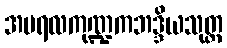
အပရလကုဏ္ဍကဘဒ္ဒိယသုတ္တ